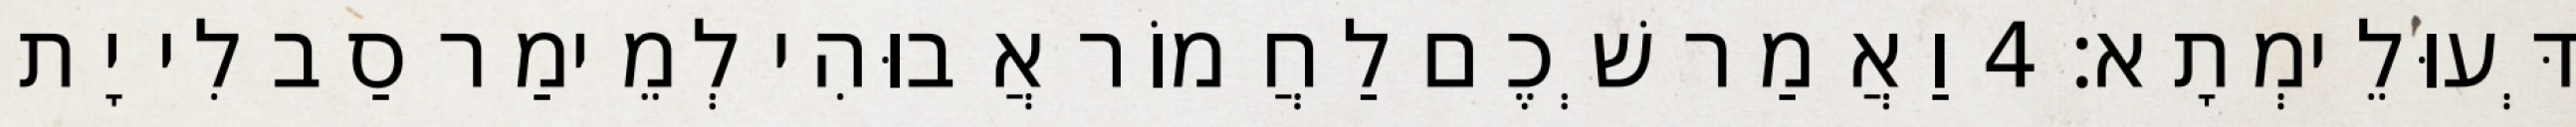
דְּעוּלֵימְתָא׃ 4 וַאֲמַר שְׁכֶם לַחֲמוֹר אֲבוּהִי לְמֵימַר סַב לִי יָת